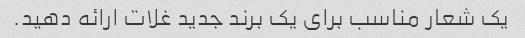
یک شعار مناسب برای یک برند جدید غلات ارائه دهید.